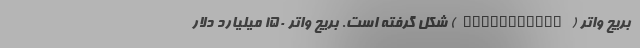
بریج واتر (Bridgewater) شکل گرفته است. بریج واتر ۱۵۰ میلیارد دلار